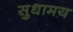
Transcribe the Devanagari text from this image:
सुधामय